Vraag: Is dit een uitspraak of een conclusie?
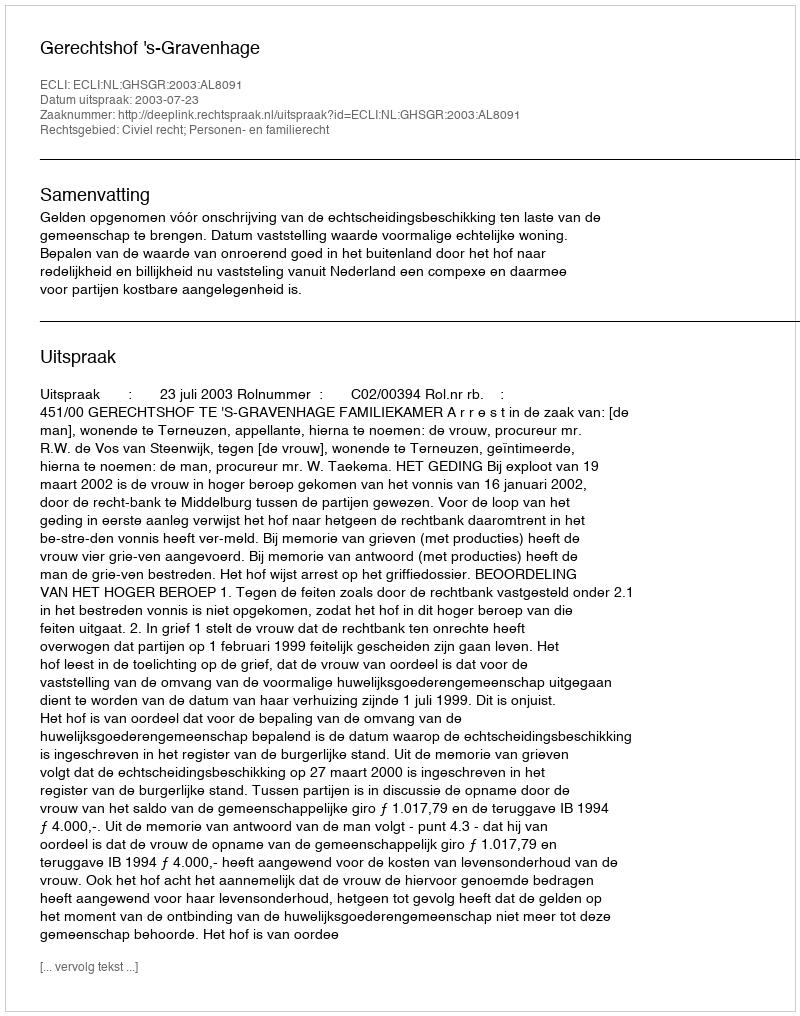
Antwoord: Uitspraak